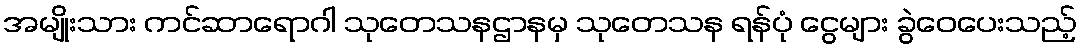
အမျိုးသား ကင်ဆာရောဂါ သုတေသနဌာနမှ သုတေသန ရန်ပုံ ငွေများ ခွဲဝေပေးသည့်